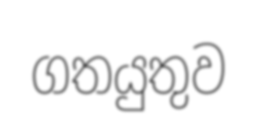
ගතයුතුව